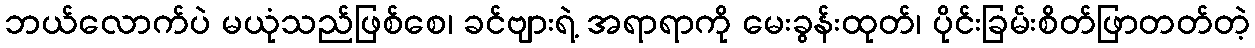
ဘယ်လောက်ပဲ မယုံသည်ဖြစ်စေ၊ ခင်ဗျားရဲ့ အရာရာကို မေးခွန်းထုတ်၊ ပိုင်းခြမ်းစိတ်ဖြာတတ်တဲ့